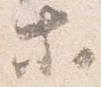
等